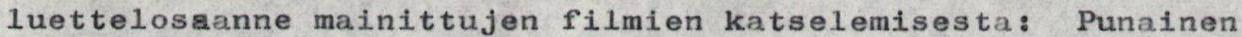
luettelosaanne mainittujen filmien katselemisesta: Punainen